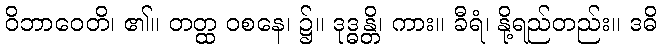
ဝိဘာဝေတိ၊ ၏။ တတ္ထ ဝစနေ၊ ၌။ ဒုဒ္ဓန္တိ၊ ကား။ ခီရံ၊ နို့ရည်တည်း။ ဒဓိ